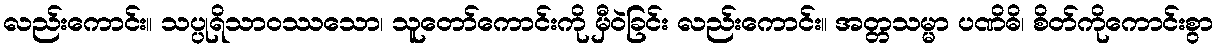
လည်းကောင်း။ သပ္ပုရိသာဝဿသော၊ သူတော်ကောင်းကို မှီဝဲခြင်း လည်းကောင်း။ အတ္တသမ္မာ ပဏိဓိ၊ စိတ်ကိုကောင်းစွာ